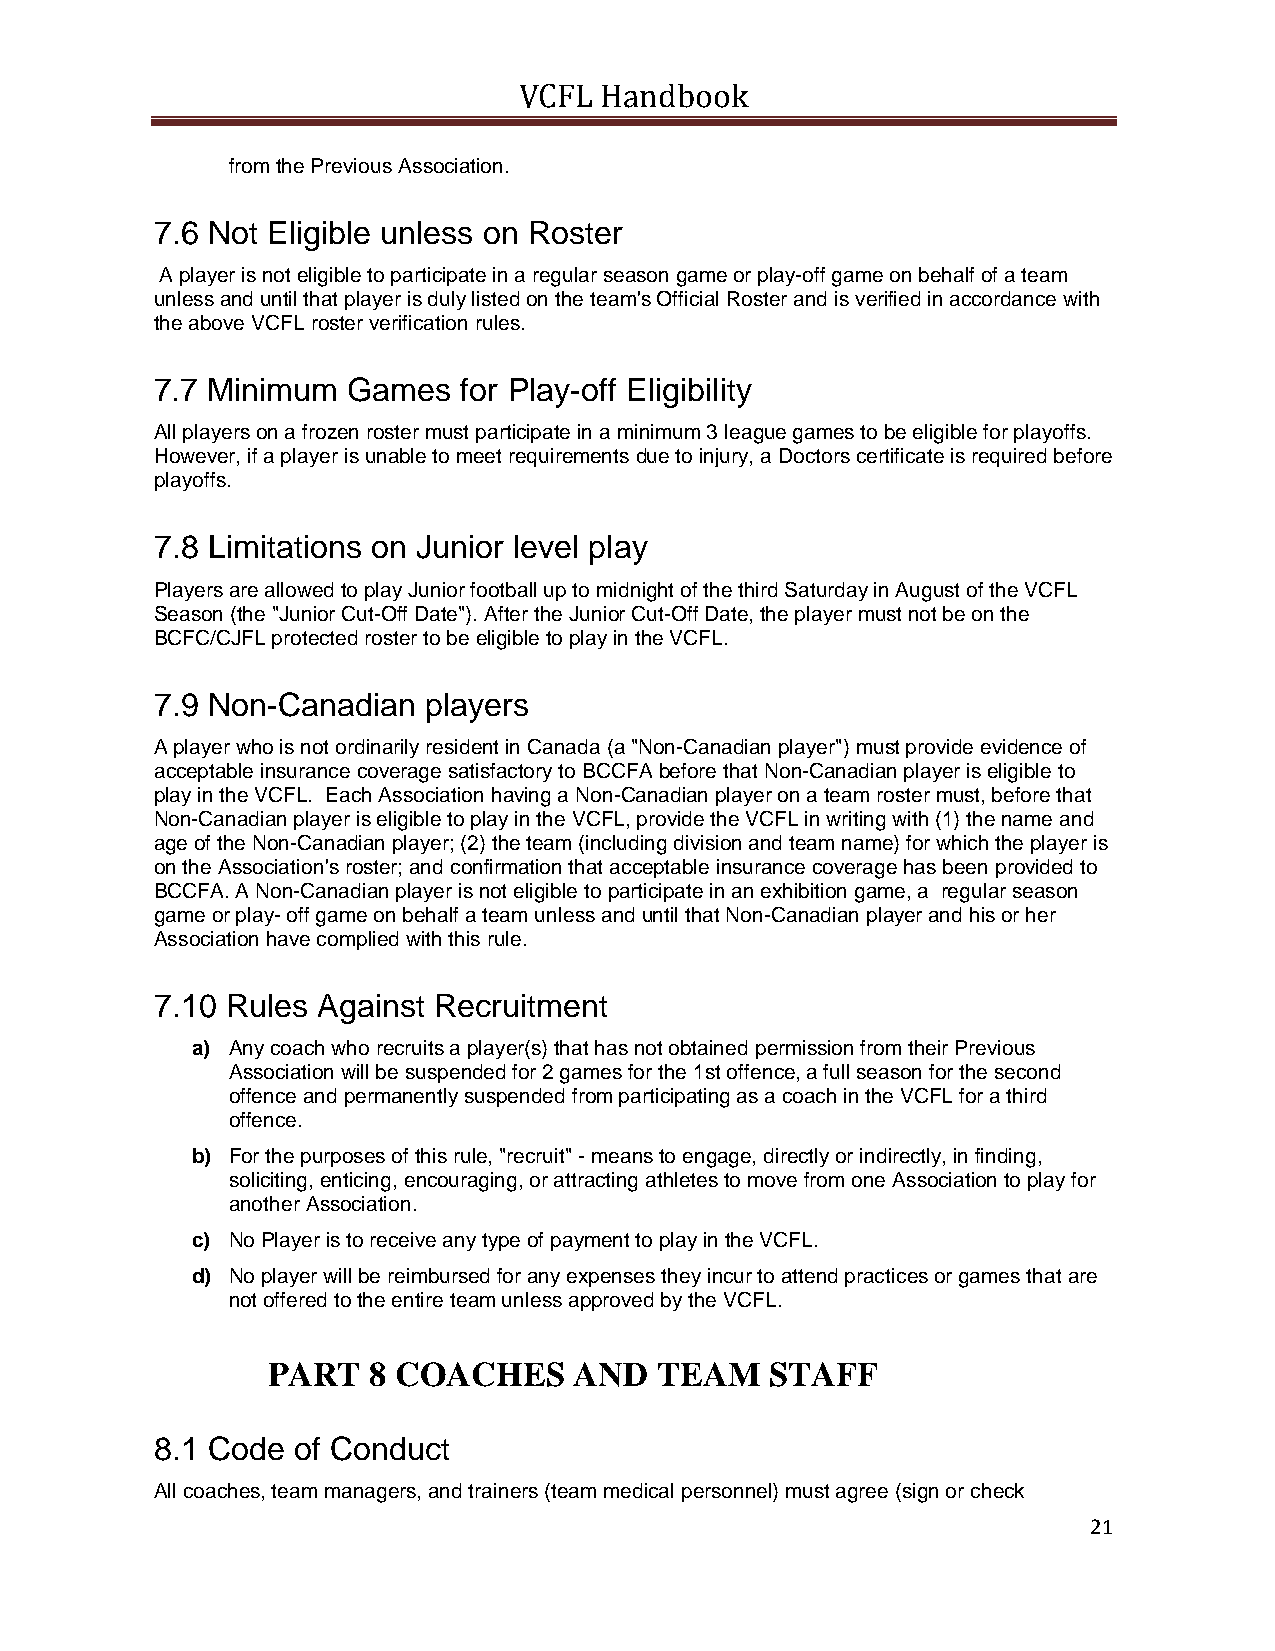
VCFL  Handbook
 from the Previous Association.
 7.6 Not Eligible unless on Roster
 A player is not eligible to participate in a regular season game or play-off game on behalf of a team
 unless and until that player is duly listed on the team's Official Roster and is verified in accordance with
 the above VCFL roster verification rules.
 7.7 Minimum  Games   for Play-off Eligibility
 All players on a frozen roster must participate in a minimum 3 league games to be eligible for playoffs.
 However, if a player is unable to meet requirements due to injury, a Doctors certificate is required before
 playoffs.
 7.8 Limitations on Junior level play
 Players are allowed to play Junior football up to midnight of the third Saturday in August of the VCFL
 Season (the "Junior Cut-Off Date"). After the Junior Cut-Off Date, the player must not be on the
 BCFC/CJFL protected roster to be eligible to play in the VCFL.
 7.9 Non-Canadian  players
 A player who is not ordinarily resident in Canada (a "Non-Canadian player") must provide evidence of
 acceptable insurance coverage satisfactory to BCCFA before that Non-Canadian player is eligible to
 play in the VCFL. Each Association having a Non-Canadian player on a team roster must, before that
 Non-Canadian player is eligible to play in the VCFL, provide the VCFL in writing with (1) the name and
 age of the Non-Canadian player; (2) the team (including division and team name) for which the player is
 on the Association's roster; and confirmation that acceptable insurance coverage has been provided to
 BCCFA. A Non-Canadian player is not eligible to participate in an exhibition game, a regular season
 game or play- off game on behalf a team unless and until that Non-Canadian player and his or her
 Association have complied with this rule.
 7.10 Rules Against Recruitment
 a) Any coach who recruits a player(s) that has not obtained permission from their Previous
 Association will be suspended for 2 games for the 1st offence, a full season for the second
 offence and permanently suspended from participating as a coach in the VCFL for a third
 offence.
 b) For the purposes of this rule, "recruit" - means to engage, directly or indirectly, in finding,
 soliciting, enticing, encouraging, or attracting athletes to move from one Association to play for
 another Association.
 c) No Player is to receive any type of payment to play in the VCFL.
 d) No player will be reimbursed for any expenses they incur to attend practices or games that are
 not offered to the entire team unless approved by the VCFL.
 PART  8 COACHES     AND   TEAM   STAFF
 8.1 Code of Conduct
 All coaches, team managers, and trainers (team medical personnel) must agree (sign or check
 21